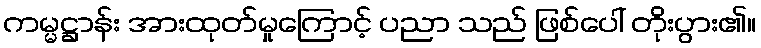
ကမ္မဋ္ဌာန်း အားထုတ်မှုကြောင့် ပညာ သည် ဖြစ်ပေါ် တိုးပွား၏။